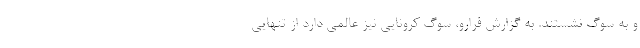
و به سوگ نشستند. به گزارش فرارو، سوگ کرونایی نیز عالمی دارد از تنهایی